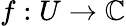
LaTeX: f:U\to\mathbb{C}